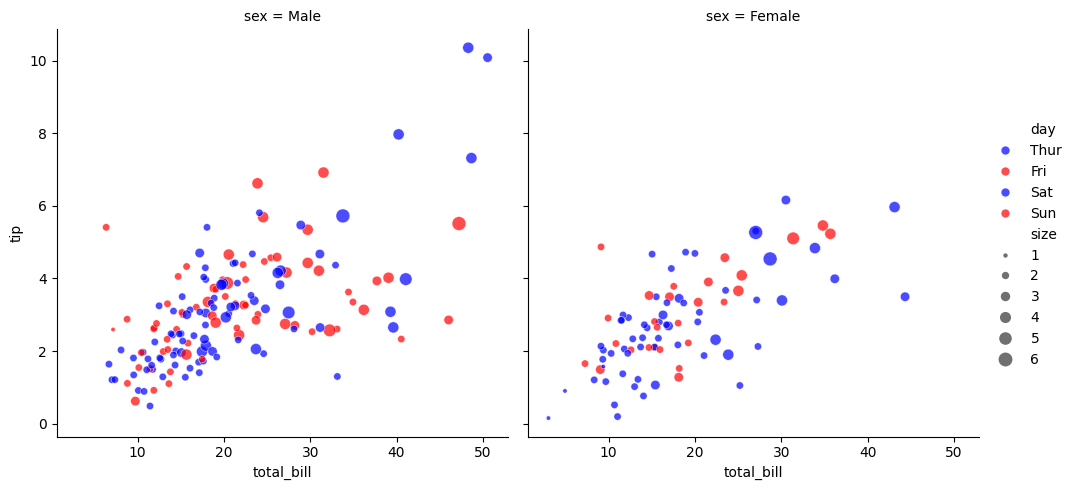
python, seaborn, relplot, alpha=0.7